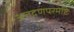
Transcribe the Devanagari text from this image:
अतद्गणपरमेष्टिः